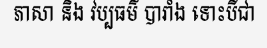
ភាសា និង វប្បធម៌ បារាំង ទោះបីជា